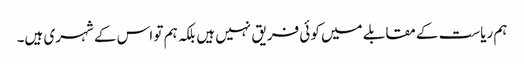
ہم ریاست کے مقابلے میں کوئی فریق نہیں ہیں بلکہ ہم تو اس کے شہری ہیں۔